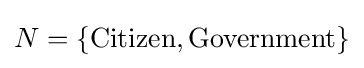
N=\{{\text{Citizen}},{\text{Government}}\}